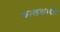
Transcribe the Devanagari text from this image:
कालकाशी